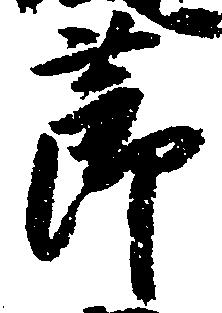
節